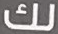
لك